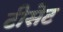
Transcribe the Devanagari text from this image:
टीसेट